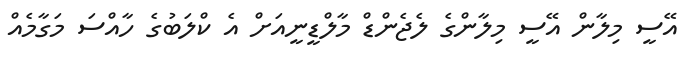
އޭސީ މިލާން އޭސީ މިލާންގެ ލެޖެންޑް މާލްޑީނީއަށް އެ ކްލަބުގެ ހާއްސަ މަގާމެއް